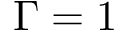
\Gamma = 1